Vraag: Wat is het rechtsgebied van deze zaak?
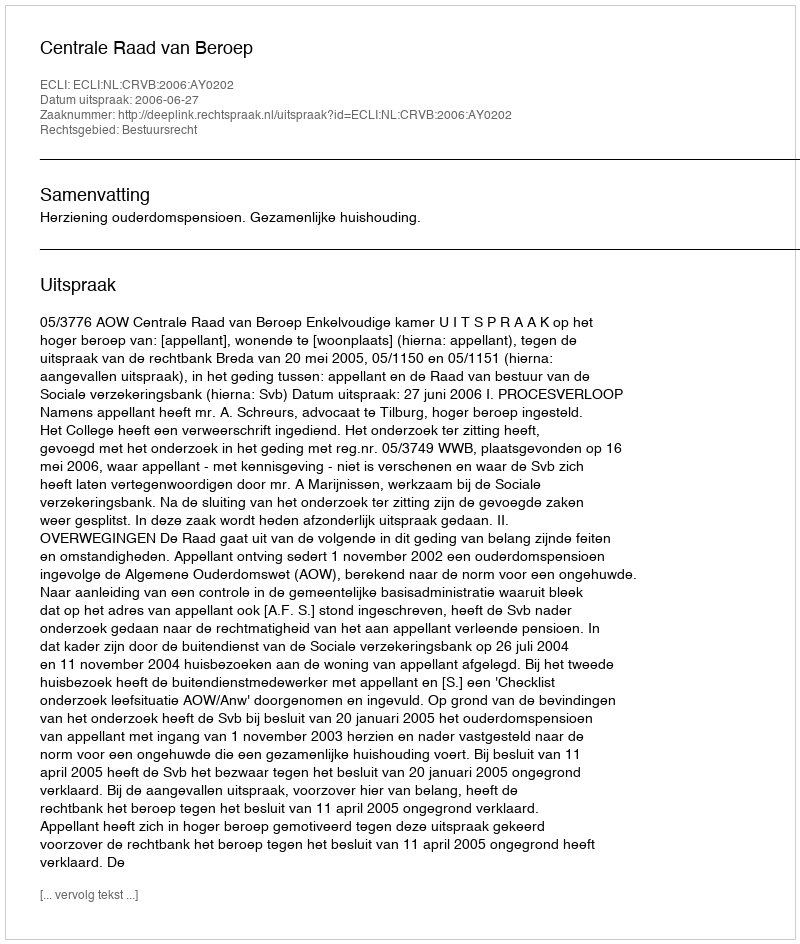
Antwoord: Bestuursrecht